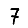
Digit: 7